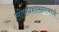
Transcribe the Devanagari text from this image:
लोकप्रशासनामध्ये